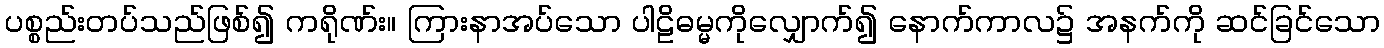
ပစ္စည်းတပ်သည်ဖြစ်၍ ကရိုဏ်း။ ကြားနာအပ်သော ပါဠိဓမ္မကိုလျှောက်၍ နောက်ကာလ၌ အနက်ကို ဆင်ခြင်သော